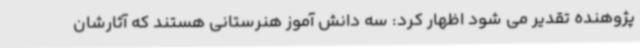
پژوهنده تقدیر می شود اظهار کرد: سه دانش آموز هنرستانی هستند که آثارشان